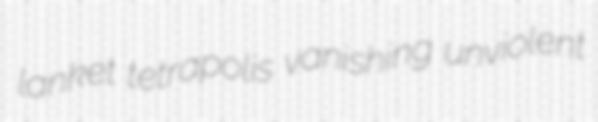
lanket tetrapolis vanishing unviolent